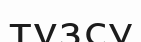
тұзсу